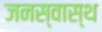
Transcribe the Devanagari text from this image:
जनस्वास्थ